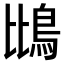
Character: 𫚰